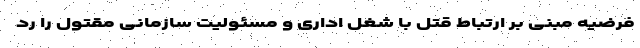
فرضیه مبنی بر ارتباط قتل با شغل اداری و مسئولیت سازمانی مقتول را رد